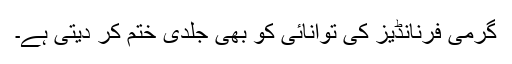
گرمی فرنانڈیز کی توانائی کو بھی جلدی ختم کر دیتی ہے۔